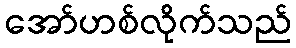
အော်ဟစ်လိုက်သည်